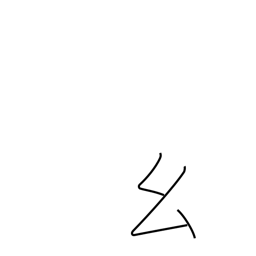
Meaning: short thread radical (no. 52)